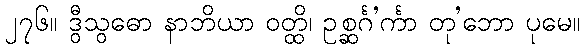
၂၇၆။ ဒွီသွဓော နာဘိယာ ဝတ္ထိ၊ ဥစ္ဆင်္ဂ’င်္ကာ တု’ဘော ပုမေ။